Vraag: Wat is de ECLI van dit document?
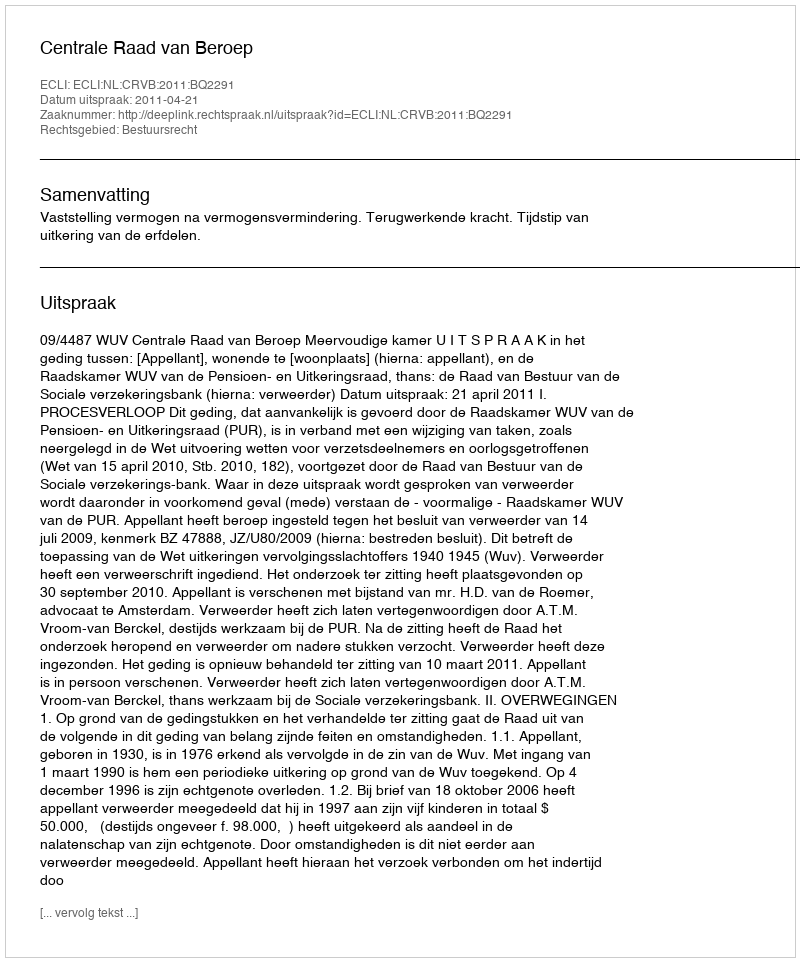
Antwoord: ECLI:NL:CRVB:2011:BQ2291